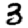
Digit: 3